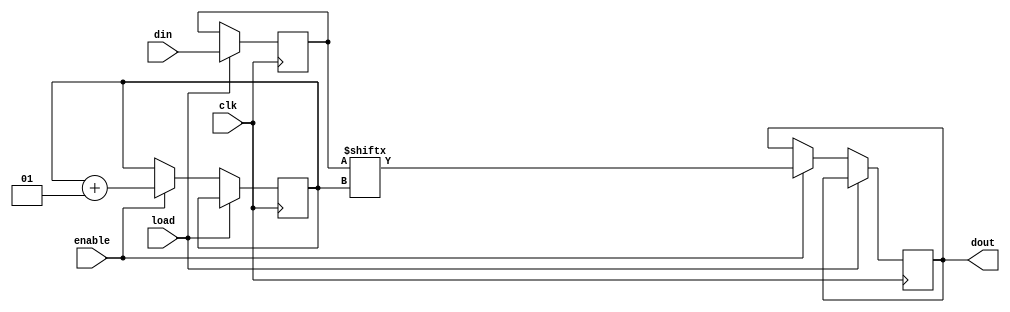
`timescale 1ns / 1ps
//////////////////////////////////////////////////////////////////////////////////
// Company: 
// Engineer: 
// 
// Design Name: 
// Module Name: ShiftRegister
// Project Name: 
// Target Devices: 
// Tool Versions: 
// Description: 
// 
// Dependencies: 
// 
// Revision:
// Revision 0.01 - File Created
// Additional Comments:
// 
//////////////////////////////////////////////////////////////////////////////////


module ShiftRegister(clk,load,enable,din,dout);
input clk;
input load;
input enable;
input [7:0] din;
reg [7:0] data;
output dout;
reg dout;
integer i=0;
always@(posedge clk)
begin
  if(load)
      data =din;
  else if(enable)
       begin
       dout = data[i];
       i = i+1;
       end
end
endmodule